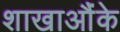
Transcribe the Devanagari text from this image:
शाखाऔंके